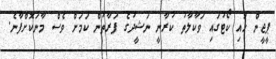
ޕީޖީން ހައި ކޯޓުގައި ވަކާލާތު ކުރާނީ ނަޝީދުގެ ފަރާތުން ކަމަށް ވެސް މާނަކޮށްފާނެ.